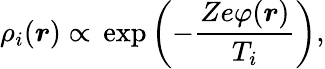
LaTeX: \rho_{i}(\boldsymbol{r})\propto\, \exp\left(-\frac{Ze\varphi(\boldsymbol{r})}{T_{i}}\right),